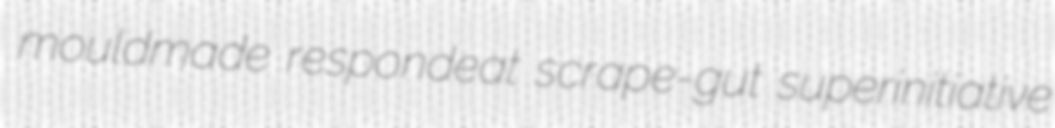
mouldmade respondeat scrape-gut superinitiative